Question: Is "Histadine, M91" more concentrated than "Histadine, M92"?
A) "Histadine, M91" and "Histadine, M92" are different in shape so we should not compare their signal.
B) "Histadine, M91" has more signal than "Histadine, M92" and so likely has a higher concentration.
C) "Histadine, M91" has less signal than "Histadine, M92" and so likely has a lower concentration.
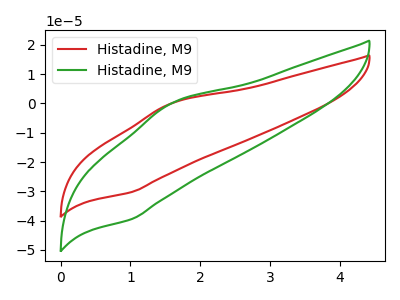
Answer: <think>The red curve "Histadine, M91" has an anodic peak at (1.60V, 0.05uA) and a cathodic peak at (1.00V, -30.20uA). The green curve "Histadine, M92" has an anodic peak at (1.60V, 0.05uA) and a cathodic peak at (1.00V, -39.45uA).
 All the peaks in "Histadine, M91" have a peak in "Histadine, M92" at the same potential. Every peak in "Histadine, M91" is lower than every peak in "Histadine, M92".</think>
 <answer>C) "Histadine, M91" has less signal than "Histadine, M92" and so likely has a lower concentration.</answer>
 <eval>C</eval>